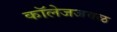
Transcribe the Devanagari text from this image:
कॉलेजजवळ